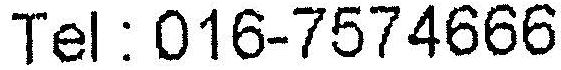
TEL:016-7574666